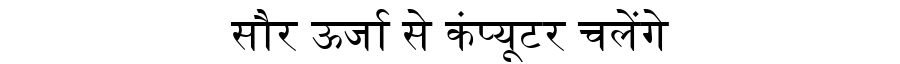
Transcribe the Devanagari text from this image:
सौर ऊर्जा से कंप्यूटर चलेंगे